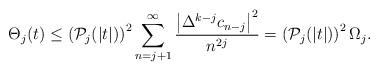
LaTeX: \begin{align*}\Theta_j(t)\leq \left(\mathcal{P}_j (|t|)\right)^2 \sum\limits_{n=j+1}^{\infty} \frac{\left|\Delta^{k-j} c_{n-j} \right|^2}{n^{2j}}= \left(\mathcal{P}_j (|t|)\right)^2 \Omega_j.\end{align*}